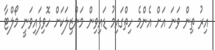
އިރު ތިން ވަނަ އަށް އެންމެ ހިތްގައިމު ޑައިވިން މަންޒިލަކަށް ހޮވިފައިވަނީ މޯލްޓާ